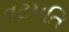
વટપતિ